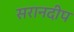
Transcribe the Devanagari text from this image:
सरानदीप